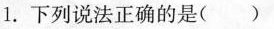
1.下列说法正确的是( )